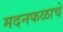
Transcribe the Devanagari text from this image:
मदनफळाचे